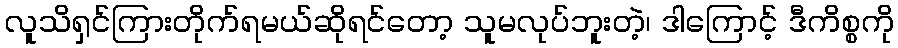
လူသိရှင်ကြားတိုက်ရမယ်ဆိုရင်တော့ သူမလုပ်ဘူးတဲ့၊ ဒါကြောင့် ဒီကိစ္စကို